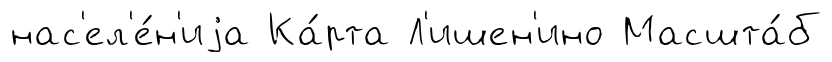
нас'ел'е́н'иjа Ка́рта Л'ишен'ино Масшта́б